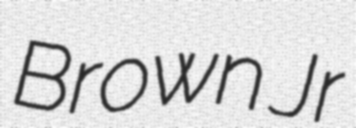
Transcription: Brown Jr